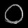
Digit: ၀